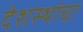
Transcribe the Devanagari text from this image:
देशस्थांचा